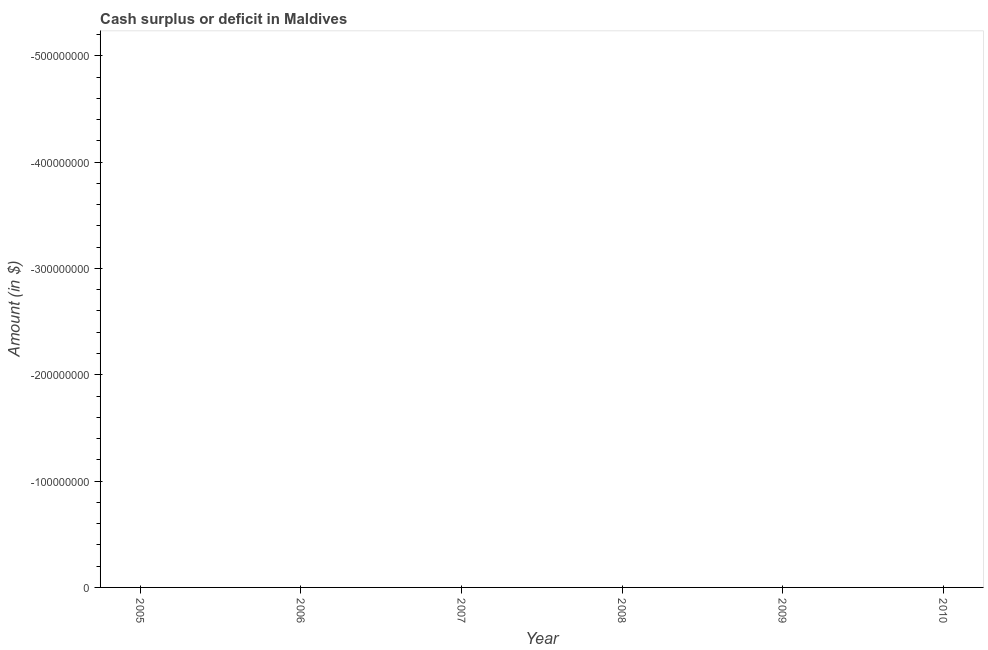
| Year | Cash surplus or deficit |
 | --- | --- |
 | 2005 | -1.16e+09 |
 | 2006 | -9.12e+08 |
 | 2007 | -7.54e+08 |
 | 2008 | -2.89e+09 |
 | 2009 | -5.37e+09 |
 | 2010 | -4.45e+09 |